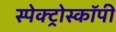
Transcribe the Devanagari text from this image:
स्पेक्ट्रोस्कॉपी